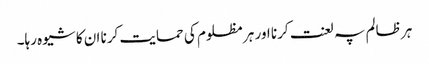
ہر ظالم پہ لعنت کرنا اور ہر مظلوم کی حمایت کرنا ان کا شیوہ رہا۔